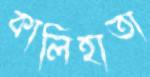
কালিহাতা